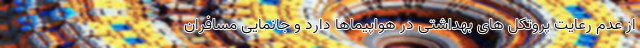
از عدم رعایت پروتکل های بهداشتی در هواپیماها دارد و جانمایی مسافران